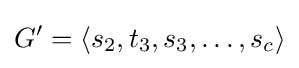
G'=\langle s_{2},t_{3},s_{3},\ldots ,s_{c}\rangle